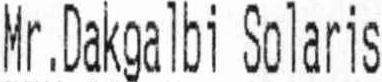
MR . DAKGALBI SOLARIS